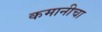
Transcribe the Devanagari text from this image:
कमानीचा